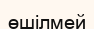
өшілмей